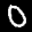
Digit: 0